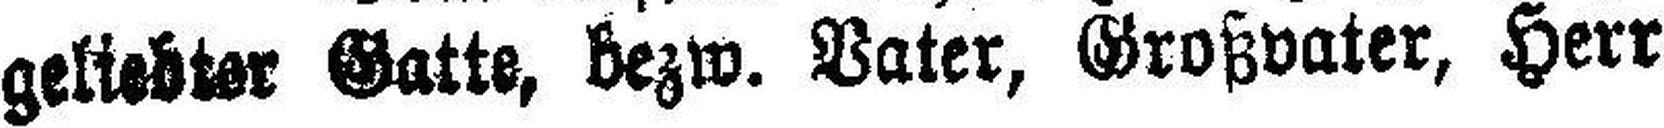
geliebter Gatte, bezw. Vater, Großvater, Herr